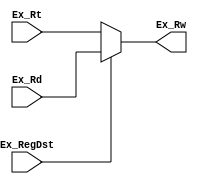
module Ex_MUX1(
    input [4:0] Ex_Rt,
    input [4:0] Ex_Rd,
    input Ex_RegDst,

    output [4:0] Ex_Rw
);

    assign Ex_Rw = (Ex_RegDst ? Ex_Rd : Ex_Rt);
endmodule


module Ex_MUX2(
    input [31:0] Ex_ALUB,
    input [31:0] Ex_imm32,
    input [1:0] Ex_ALUsrc,

    output reg [31:0] Ex_ALUin2
);

    always @(*) 
        begin
            case (Ex_ALUsrc)
                2'b00: Ex_ALUin2 <= Ex_ALUB;
                2'b01: Ex_ALUin2 <= Ex_imm32;
                2'b10: Ex_ALUin2 <= 32'b0;
            endcase
        end
endmodule


module Ex_MUX3(
    input [4:0] Ex_busA_low5,
    input [4:0] Ex_shamt,
    input Ex_ALUShamtSrc,

    output [4:0] Ex_ALUShamt
);

    assign Ex_ALUShamt = (Ex_ALUShamtSrc ? Ex_busA_low5 : Ex_shamt);
endmodule


module Ex_MUXA_FORWARDING(
    input [31:0] Ex_busA,
    input [31:0] Mem_ALUout, Wr_RegDi,
    input [1:0] ALUSrcA,

    output reg [31:0] Ex_ALUA
);

    always @(*) 
        begin
            case (ALUSrcA)
                2'b00: Ex_ALUA <= Ex_busA;
                2'b01: Ex_ALUA <= Mem_ALUout;
                2'b10: Ex_ALUA <= Wr_RegDi;
            endcase
        end
endmodule


module Ex_MUXB_FORWARDING(
    input [31:0] Ex_busB,
    input [31:0] Mem_ALUout, Wr_RegDi,
    input [1:0] ALUSrcB,

    output reg [31:0] Ex_ALUB
);

    always @(*) 
        begin
            case (ALUSrcB)
                2'b00: Ex_ALUB <= Ex_busB;
                2'b01: Ex_ALUB <= Mem_ALUout;
                2'b10: Ex_ALUB <= Wr_RegDi;
            endcase
        end
endmodule


module Mem_MUX(
    input [31:0] Wr_npc, Wr_dataout, Wr_ALUout,
    input [1:0] Wr_MemtoReg,

    output reg [31:0] Wr_RegDi
);

    always @(*) 
        begin
            case (Wr_MemtoReg)
                2'b00: Wr_RegDi <= Wr_ALUout;//add,sub                
                2'b01: Wr_RegDi <= Wr_dataout;//lw
                2'b10: Wr_RegDi <= Wr_npc;//jal
            endcase
        end
endmodule